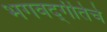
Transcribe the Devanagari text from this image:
भगवद्‌गीतेचे